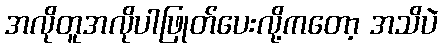
အလိုတူအလိုပါဖြုတ်ပေးလို့ကတော့ အသိပဲ